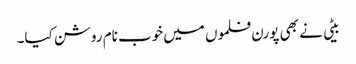
بیٹی نے بھی پورن فلموں میں خوب نام روشن کیا۔